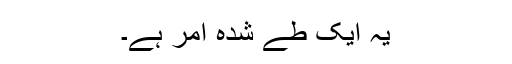
یہ ایک طے شدہ امر ہے۔